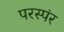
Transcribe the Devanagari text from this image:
परस्पंर